Leaving Certificate Examination (including Day School Certificate (Higher) General paper), 1935
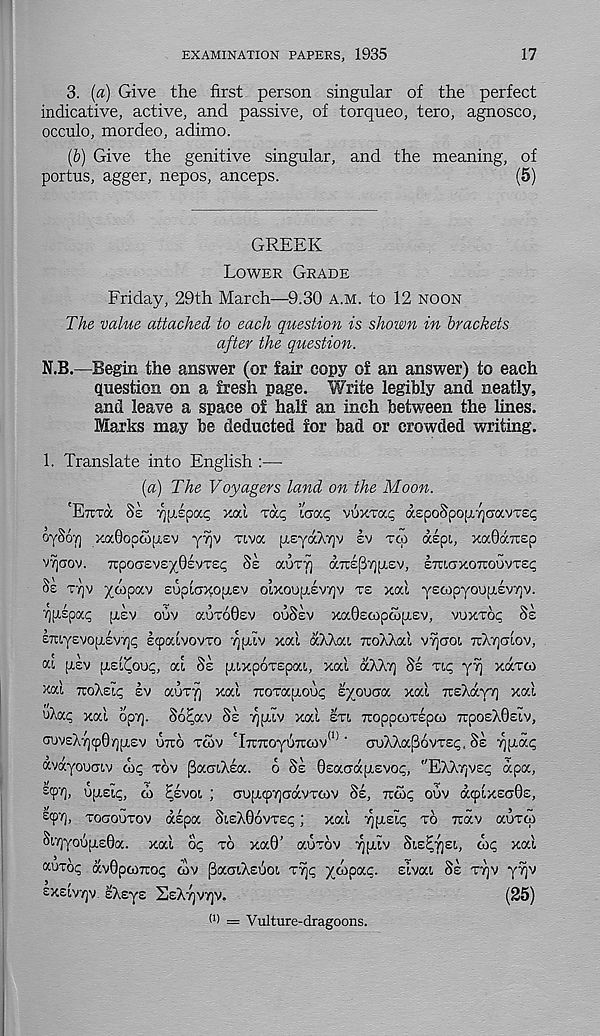
EXAMINATION PAPERS, 1935
17
3. {a) Give the first person singular of the perfect
indicative, active, and passive, of torqueo, tero, agnosco,
occulo, mordeo, adimo.
(b) Give the genitive singular, and the meaning, of
portus, agger, nepos, anceps.
(5)
GREEK
LOWER GRADE
Friday, 29th March—9.30 A.M. to 12 NOON
The value attached to each question is shown in brackets
after the question.
N.B.—Begin the answer (or fair copy of an answer) to each
question on a fresh page. Write legibly and neatly,
and leave a space of half an inch between the lines.
Marks may be deducted for bad or crowded writing.
1. Translate into English :—
(a) The Voyagers land on the Moon.
'ETCTOC SZ rjiispocc; xad nxq lac/.c, vuxrac a£coSpoy/]GavT£^
oySoT] xaGopGpsv yrjv viva p,eyaX7)v !v TCO aepi, xocGdcnsp
VYjaov. 7rpocj£vsx0^V T£^ §£ aoTyi a7r£[37]p£v, ITUCTXOTTOUVTEP
Ss T7]V ■ydipccv EOpiaXOpEV olxoupewjv T£ xal yECOpyOUfXEVTjV.
rjirspap pev ouv auToGsv OUSEV xaGscopcopEV, VUXTOC SE
ETuyEvopsvT]^ Ecpaivovro yjpiiv xal aXXai TCoXXal vyaoi TUAyaiov,
ai (j.sv [XEL^OUC, al SE puxpoTEpai, xal oCKky] SE TIC, yv) xaroi
xal TroXstp EV auTy xal Tioxapoup syouCTa xal TrsXayT] xal
uXap xal opTj. S6?av SE TJIJ.LV xal ETL TroppcoTspco TTDOEXOELV,
cruvsXTjcpOiQpLev UTTO Ttov 'l7r7royd7roiv (1) ‘ auXXapovTEi;, SE
avayouaiv Gp TOV paaiXea. o SE Osaaapisvop, ''EXXyvsp apa,
z 'V r l, uyslc, GJ pevoi ; oupupajcravTCOv SE, TTOL odv acplxscrOE,
XOCTOUTOV aspa SLEX06VTEP ; xal ypsic TO rcav aurco
Siv]yoijpL£8a. xal op TO xa0' auxov ypiv SLE^TJEL, cop xal
«UTop avOpoiTuop GJV paaLXsuoi T^p yoipap. slvai SE TTJV yyjv
EXELV7]V. EXEyE SEXTJVYJV.
(25)
d) = Vulture-dragoons.